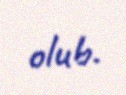
olub.